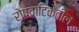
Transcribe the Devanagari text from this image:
रोपवाटिकेतील